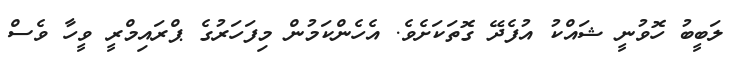
ލަބީބު ހޮވުނީ ޝައްކު އުފެދޭ ގޮތަކަށެވެ. އެހެންކަމުން މިފަހަރުގެ ޕްރައިމްރީ ވީހާ ވެސް